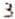
3